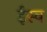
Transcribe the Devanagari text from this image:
ईस्व